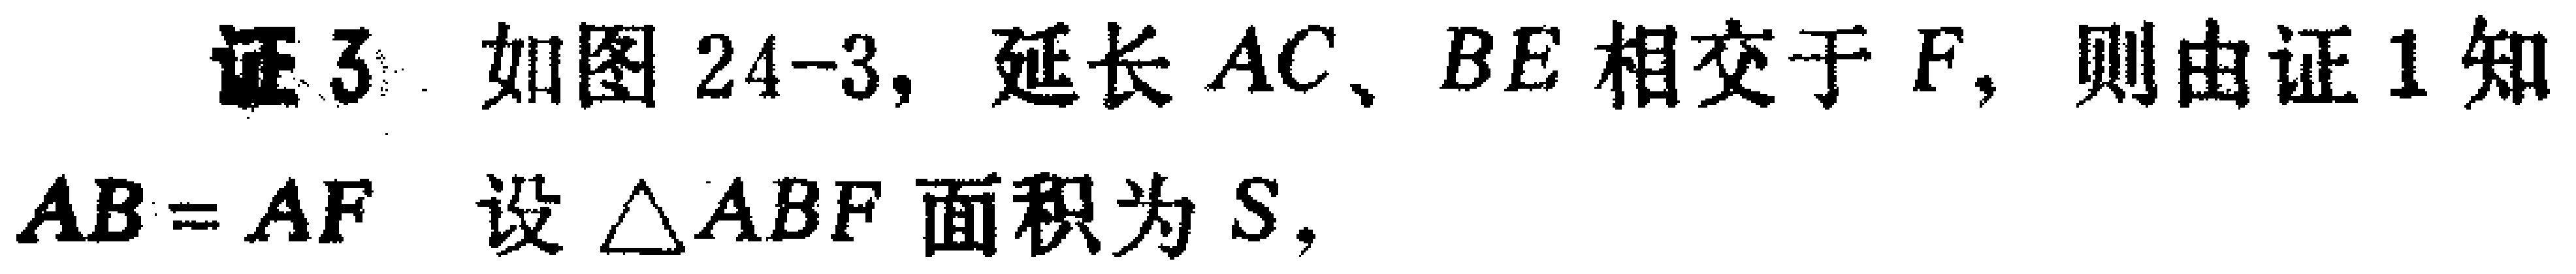
证3. 如图24-3, 延长 \(AC\)、\(BE\) 相交于 \(F\), 则由证1知 \(AB = AF\). 设 \(\triangle ABF\) 面积为 \(S\),